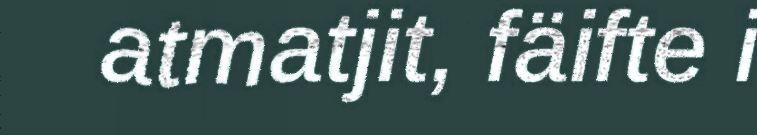
atmatjit, fäifte i